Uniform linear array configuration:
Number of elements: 12
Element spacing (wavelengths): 0.5
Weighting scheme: kaiser
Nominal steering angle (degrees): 30
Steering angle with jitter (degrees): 28.011
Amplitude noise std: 0.05
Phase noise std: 0.05

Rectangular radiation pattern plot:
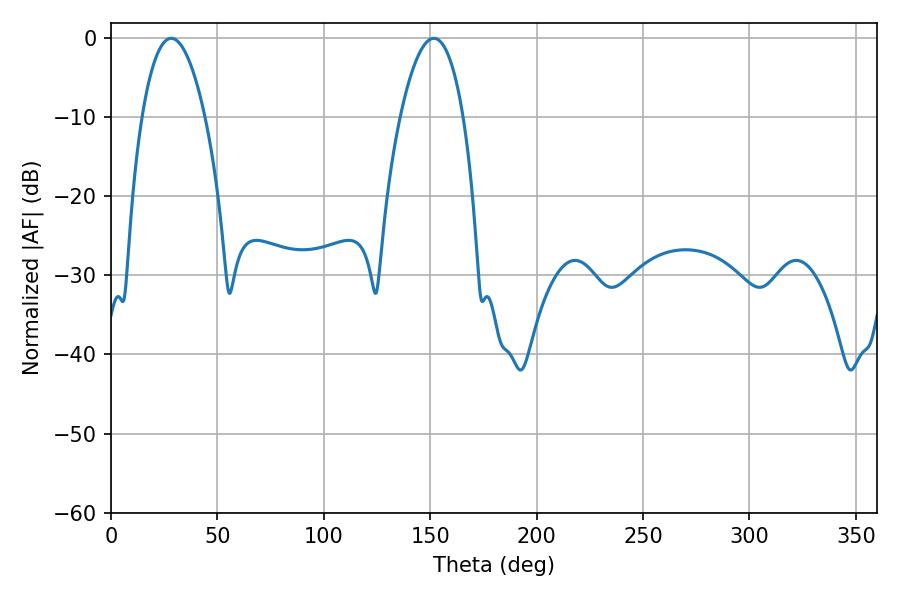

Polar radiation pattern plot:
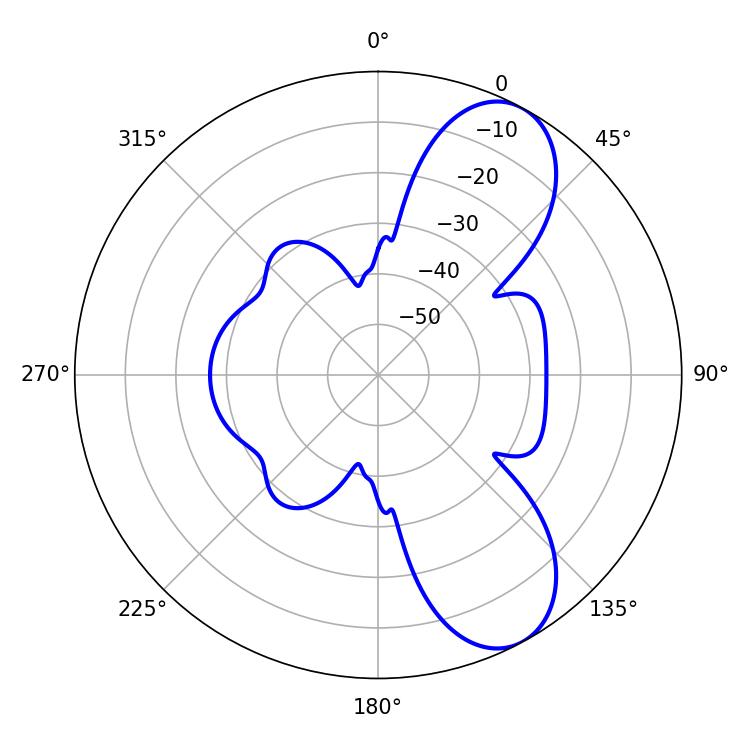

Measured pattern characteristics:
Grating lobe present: FALSE
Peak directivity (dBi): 8.338
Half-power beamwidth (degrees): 16.56
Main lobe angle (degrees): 28.26